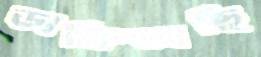
ডাকিতাছি